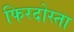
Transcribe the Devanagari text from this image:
फिरदोस्ता